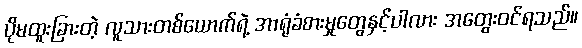
ပိုမထူးခြားတဲ့ လူသားတစ်ယောက်ရဲ့ အာရုံခံစားမှုတွေနှင့်ပါလား အတွေးဝင်ရသည်။